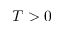
T > 0